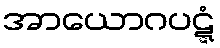
အာယောဂပဋ္ဋံ